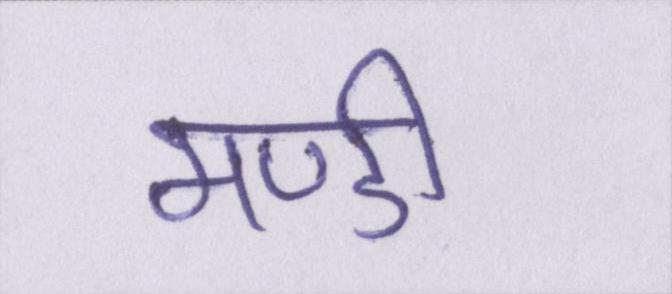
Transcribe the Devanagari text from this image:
मण्डी